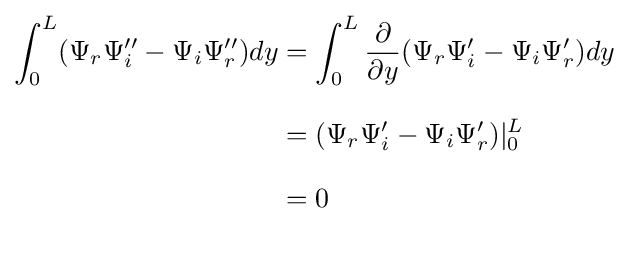
{\begin{aligned}\int _{0}^{L}(\Psi _{r}\Psi _{i}''-\Psi _{i}\Psi _{r}'')dy&=\int _{0}^{L}{\frac {\partial }{\partial y}}(\Psi _{r}\Psi _{i}'-\Psi _{i}\Psi _{r}')dy\\[8pt]&=(\Psi _{r}\Psi _{i}'-\Psi _{i}\Psi _{r}')|_{0}^{L}\\[8pt]&=0\\[12pt]\end{aligned}}